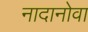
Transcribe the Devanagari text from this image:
नादानोवा